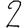
Digit: 2